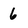
Character: 6